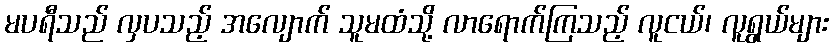
မပရီသည် လှပသည့် အလျောက် သူမထံသို့ လာရောက်ကြသည့် လူငယ်၊ လူရွယ်များ